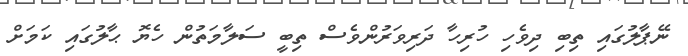
ނޭޕާލުގައި ތިބި ދިވެހި ހުރިހާ ދަރިވަރުންވެސް ތިބީ ސަލާމަތުން ހެޔޮ ޙާލުގައި ކަމަށް